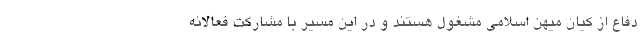
دفاع از کیان میهن اسلامی مشغول هستند و در این مسیر با مشارکت فعالانه